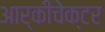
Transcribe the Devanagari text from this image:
आर्कीचेक्टर